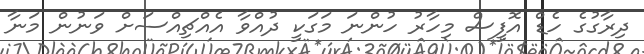
ދިރާގުގެ ހެޑް އޮފީސް މިހާރު ހުންނަ މަގަކީ ދުއްވާ އެއްޗިއްސަށް ވަނުން މަނާ